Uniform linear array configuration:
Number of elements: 48
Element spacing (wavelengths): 0.5
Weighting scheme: kaiser
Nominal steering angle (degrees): -15
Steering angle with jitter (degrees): -14.318
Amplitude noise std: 0.05
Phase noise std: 0.05

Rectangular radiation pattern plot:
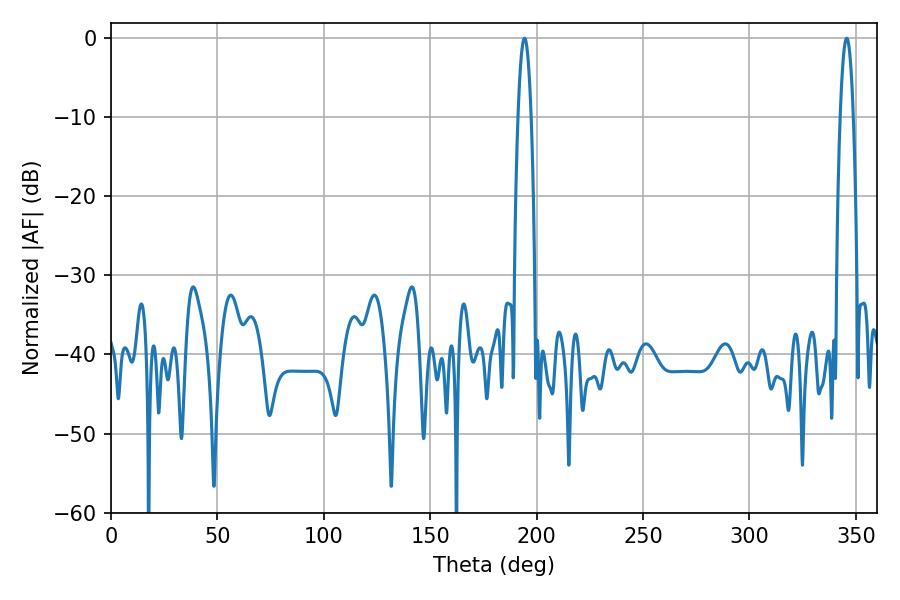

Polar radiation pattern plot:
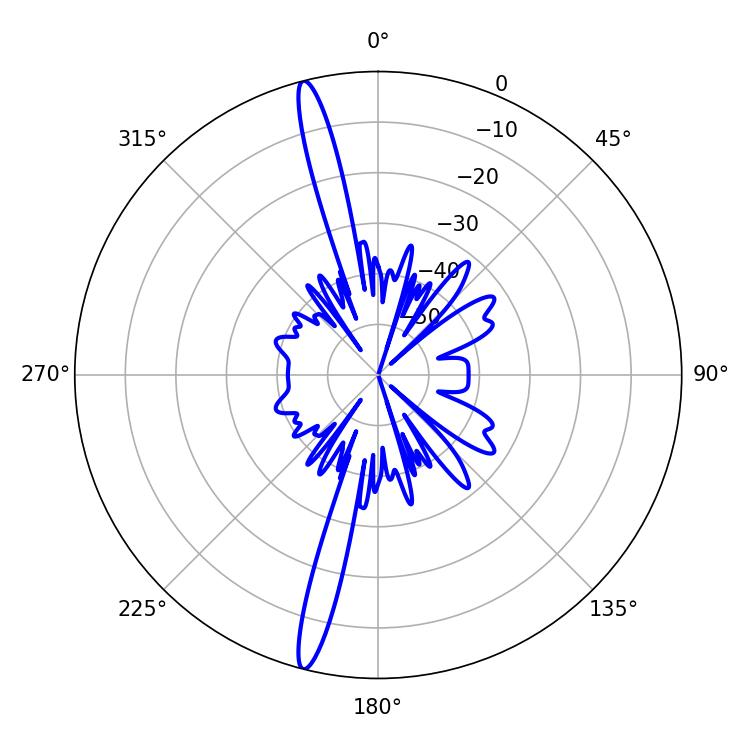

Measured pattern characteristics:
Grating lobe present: FALSE
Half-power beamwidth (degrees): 3.42
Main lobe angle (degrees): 194.22